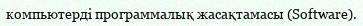
компьютерді программалық жасақтамасы (Software).